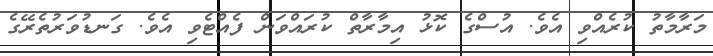
މަރާމާތު ކުރެއްވި އެވެ. އުސްގެ ކޮޅު އިމާރާތް ކުރައްވަން ފެއްޓެވި އެވެ. ގަނޑުވަރުތެރޭގެ